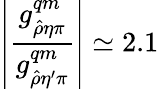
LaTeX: \left|{\frac{g_{\hat{\rho}\eta\pi}^{qm}}{g_{\hat{\rho}\eta^{\prime}\pi}^{qm}}}\right|\simeq 2.1